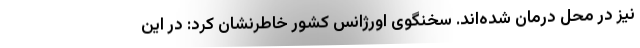
نیز در محل درمان شده‌اند. سخنگوی اورژانس کشور خاطرنشان کرد: در این